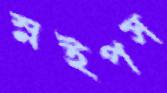
স্নইপস